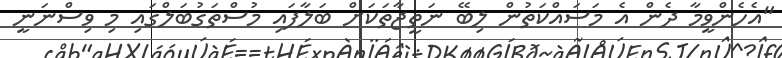
"އެހެންވީމާ ދެން އެ މަސައްކަތުން ލިބޭ ނަތީޖާތަކަށް ބަލާފައި މުސްތަގުބަލްގައި މި ވިސްނަނީ